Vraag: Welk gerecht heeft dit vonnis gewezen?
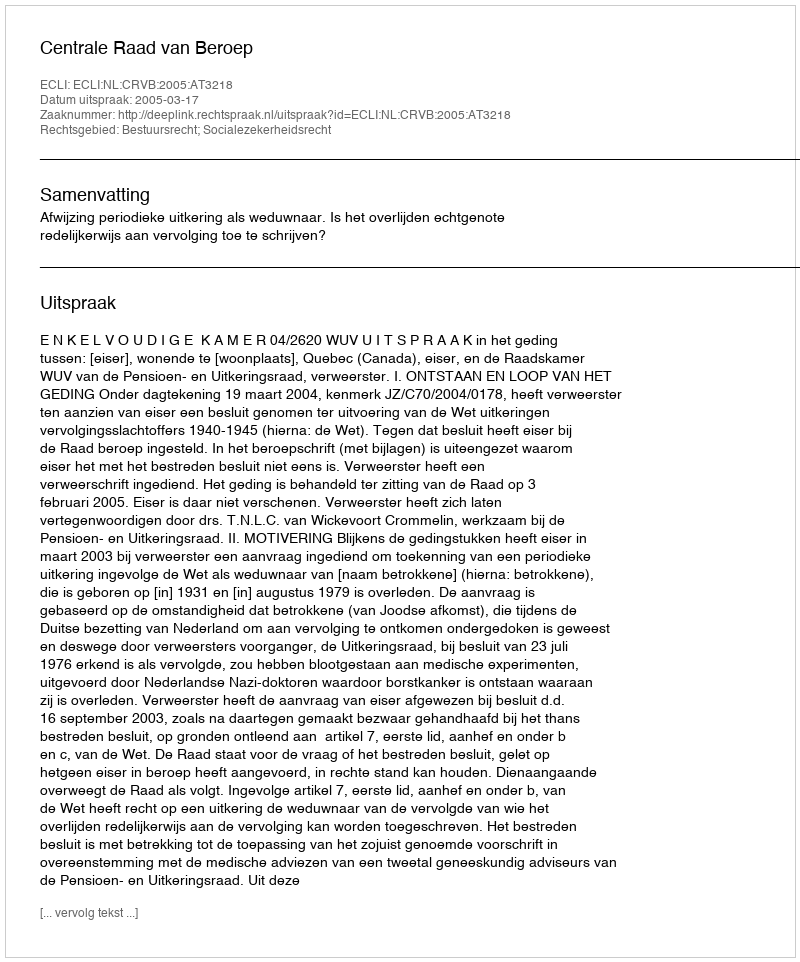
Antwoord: Centrale Raad van Beroep